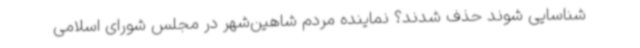
شناسایی شوند حذف شدند؟ نماینده مردم شاهین‌شهر در مجلس شورای اسلامی